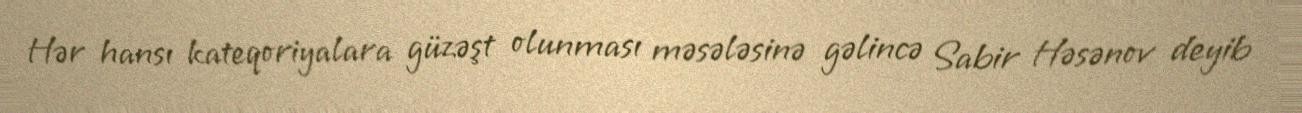
Hər hansı kateqoriyalara güzəşt olunması məsələsinə gəlincə Sabir Həsənov deyib